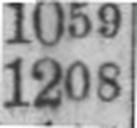
1208